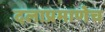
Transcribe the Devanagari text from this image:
दलाप्रमाणेच